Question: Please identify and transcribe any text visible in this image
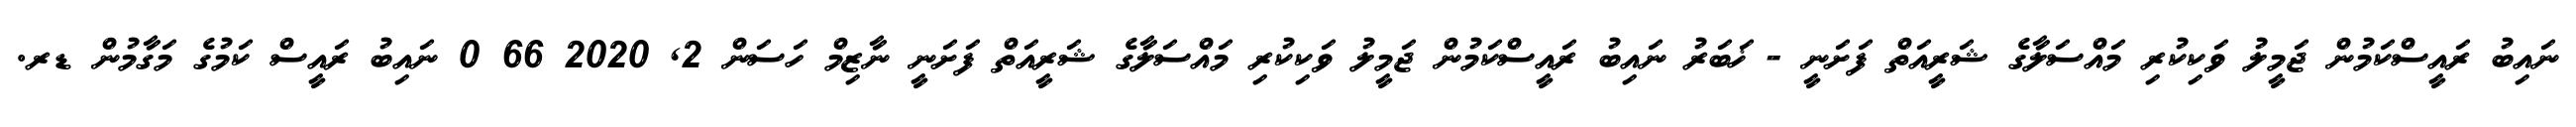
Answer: ނައިބު ރައީސްކަމުން ޖަމީލު ވަކިކުރި މައްސަލާގެ ޝަރީއަތް ފަށަނީ - ޚަބަރު ނައިބު ރައީސްކަމުން ޖަމީލު ވަކިކުރި މައްސަލާގެ ޝަރީއަތް ފަށަނީ ނާޒިމް ހަސަން 2, 2020 66 0 ނައިބު ރައީސް ކަމުގެ މަގާމުން ޑރ.